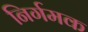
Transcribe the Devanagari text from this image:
निर्गमक